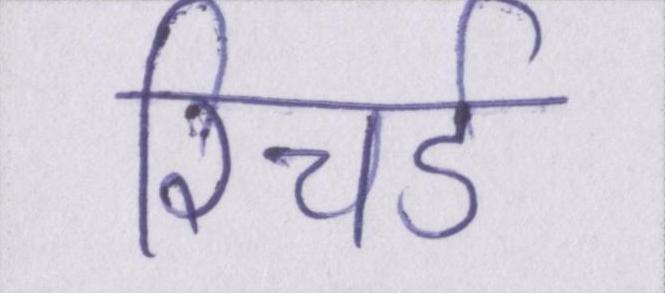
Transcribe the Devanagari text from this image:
रिचर्ड